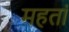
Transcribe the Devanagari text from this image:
महतां